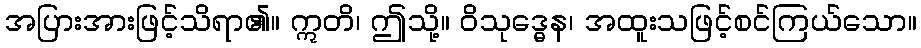
အပြားအားဖြင့်သိရာ၏။ ဣတိ၊ ဤသို့။ ဝိသုဒ္ဓေန၊ အထူးသဖြင့်စင်ကြယ်သော။